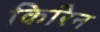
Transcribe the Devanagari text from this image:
किरिन